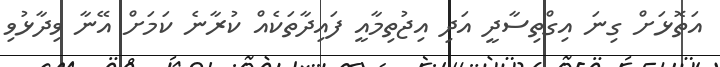
އަތޮޅަށް ގިނަ އިގްތިސާދީ އަދި އިޖުތިމާއީ ފައިދާތަކެއް ކުރާނެ ކަމަށް އޭނާ ވިދާޅުވި